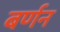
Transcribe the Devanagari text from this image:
बर्णन